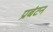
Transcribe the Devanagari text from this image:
प्रबंटन